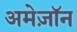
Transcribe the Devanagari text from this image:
अमेज़ॉन